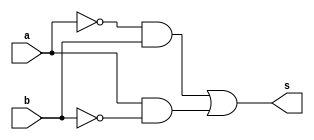
// --------------------- 
// Guia01_06 - xor 
// Nome: Bruno Cezar Andrade Viallet
// --------------------- 

// --------------------- 
// --  xor gate 
// ---------------------
module xorgate (s, a, b); 
	input a, b;
	output s;
	
	assign s = (~a & b)|(a & ~b);  
endmodule // xor 

// --------------------- 
// -- test xorgate 
// --------------------- 
module testxorgate; 
// ------------------------- dados locais 
	reg a,b; // definir registrador 
	wire s; // definir conexao (fio) 
// ------------------------- instancia 
	xorgate XOR1 (s, a, b); 

// ------------------------- parte principal 
initial begin:main 
	a=0; b=0; 
	$display("Guia01_06 - Bruno Cezar Andrade Viallet - 396679");
	$display("Test xor gate"); 
	$display("\n a ^ b = s\n"); 
	$monitor("%b ^ %b = %b", a, b, s); 
  	#1  a=0; b=0;
	#1  a=0; b=1;
	#1  a=0; b=1;
	#1  a=1; b=0;
	#1  a=1; b=0;
	#1  a=1; b=1;
	#1  a=1; b=1;
end 

endmodule // testxorgate